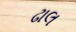
ઢાલ